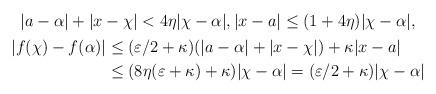
LaTeX: \begin{gather*}|a-\alpha|+|x-\chi| < 4 \eta |\chi-\alpha|, |x-a| \leq (1+4\eta)|\chi-\alpha|, \\\begin{aligned} |f(\chi)-f(\alpha)| & \leq ( \varepsilon/2 + \kappa ) ( |a-\alpha|+|x-\chi| ) + \kappa |x-a| \\ & \leq ( 8 \eta ( \varepsilon + \kappa ) + \kappa ) |\chi-\alpha| = ( \varepsilon/2 + \kappa) |\chi-\alpha|\end{aligned} \end{gather*}